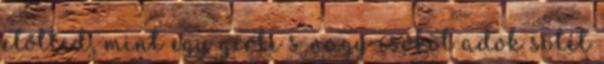
előtted, mint egy gerle s nagy csókot adok sötét